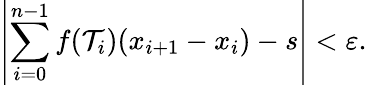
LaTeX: \left|\sum_{i=0}^{n-1}f(\mathcal{T}_{i})(x_{i+1}-x_{i})-s\right|<\varepsilon.